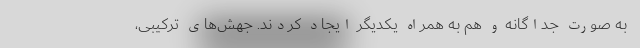
به صورت جداگانه و هم به همراه یکدیگر ایجاد کردند. جهش‌های ترکیبی،